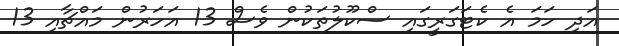
އަދި ހަމަ އެ ކެޓަގަރީގައި ސްކޫލުތަކުން ވެސް 13 އަހަރުން މައްޗާއި 13